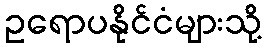
ဥရောပနိုင်ငံများသို့